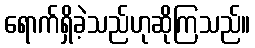
ရောက်ရှိခဲ့သည်ဟုဆိုကြသည်။